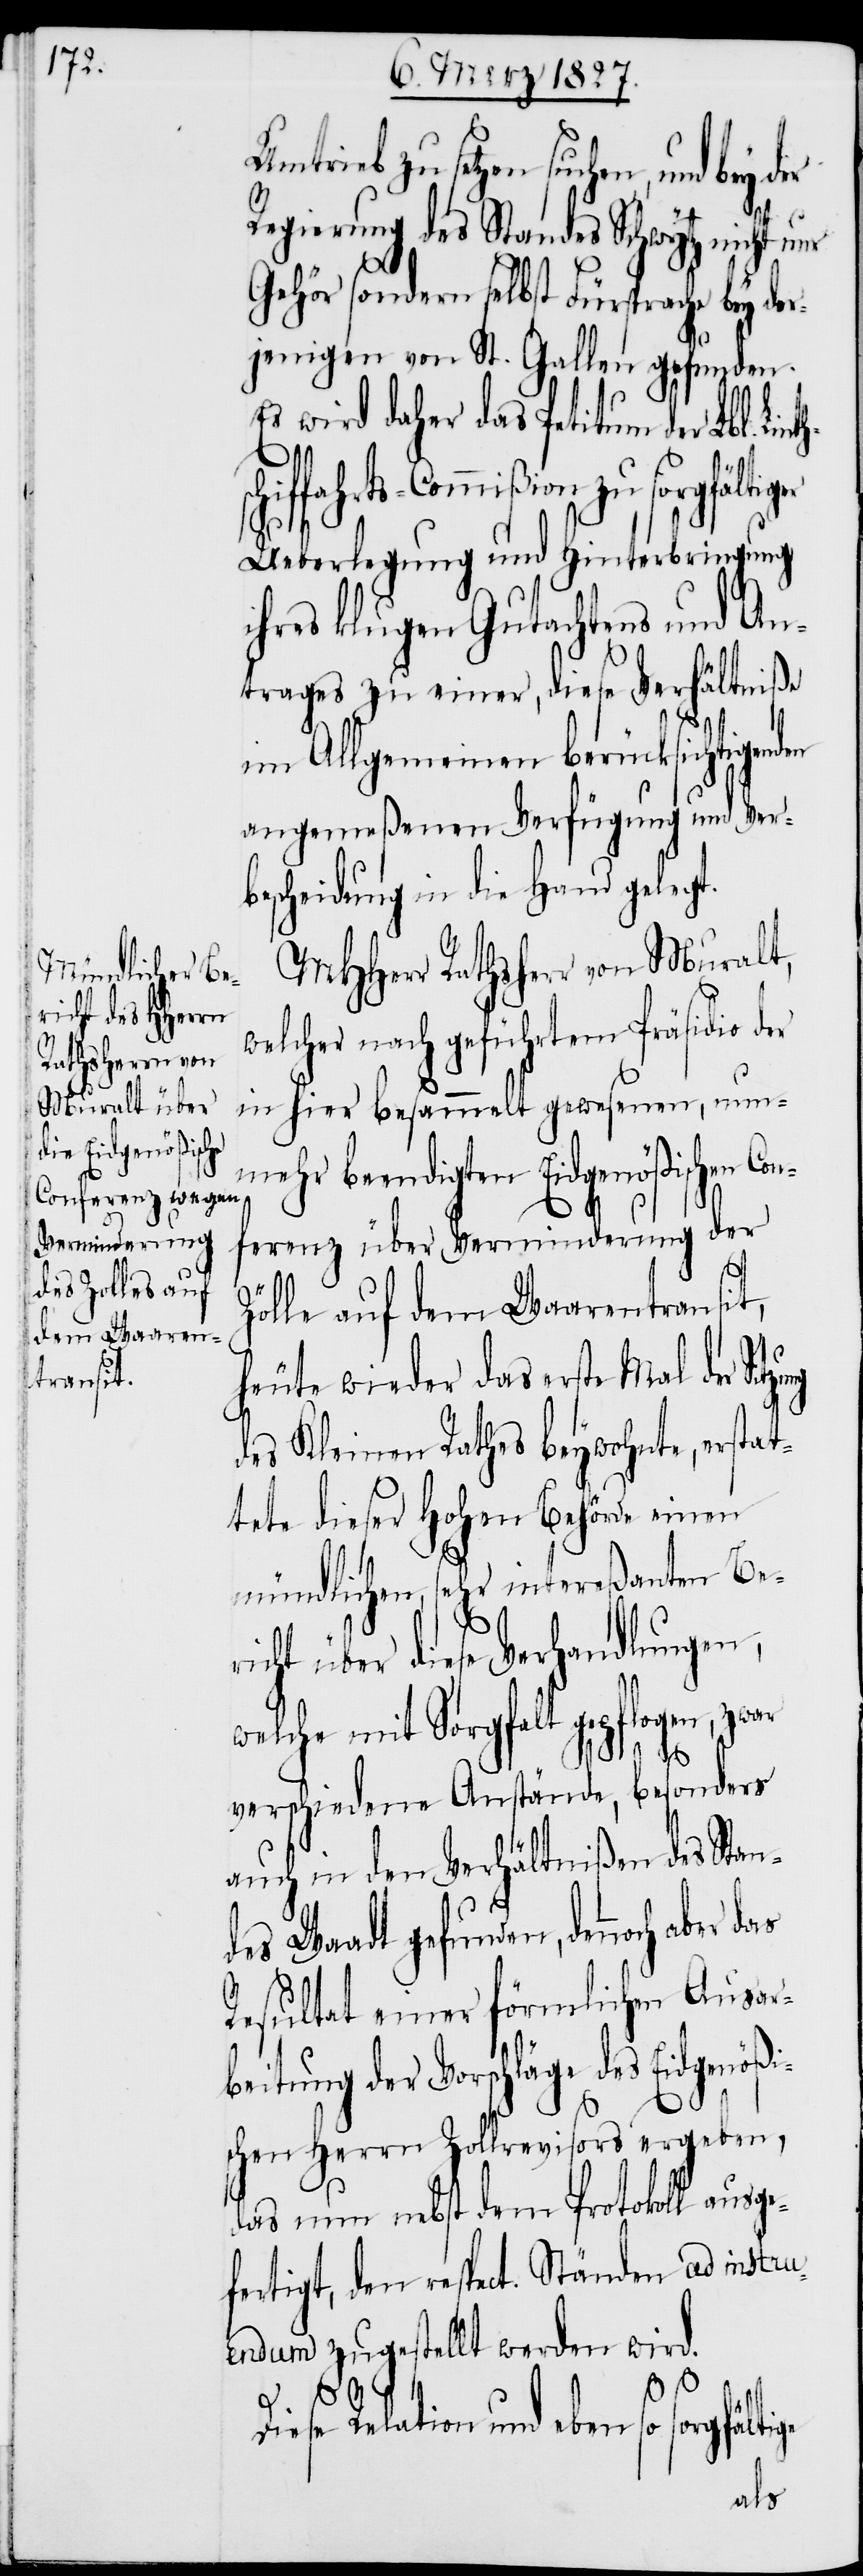
Umtrieb zu setzen suchen, und
Regierung des Standes Schwytz nicht nur
Gehör sondern selbst Fürsprache bey de¬
rjenigen von St. Gallen gefunden.
Es wird daher das Petitum der Lbl.
Ueberlegung und Hinterbringung
ihres klugen Gutachtens und An¬
trages zu einer, diese Verhältniße
im Allgemeinen berücksichtige¬
angemeßenen Verfügung und Verb¬
escheidung in die Hand gelegt.
MHHerr Rathsherr von Muralt,
welcher nach geführtem Präsidio der
in hier besammelt gewesenen, nun¬
mehr beendigten Eidgenößischen Co¬
nferenz über Verminderung der
Zölle auf dem Waarentransit,
heute wieder das erste Mal der
des Kleinen Rathes beywohnte, erstat¬
tete dieser Hohen Behörde einen
mündlichen, sehr intereßanten Ber¬
icht über diese Verhandlungen,
welche mit Sorgfalt gepflogen, zwar
verschiedene Anstände, besonders
auch in den Verhältnißen des Stan¬
des Waadt gefunden, dennoch aber
Resultat einer förmlichen Ausar¬
beitung der Vorschläge des Eidgenößi¬
schen Herrn Zollrevisors ergeben,
das nun nebst dem Protokoll ausge¬
fertigt, den respect. Ständen ad instru¬
endum zugestellt werden wird.
nden
Diese Relation und eben so sorgfältige